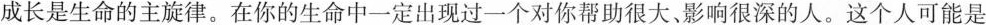
成长是生命的主旋律。在你的生命中一定出现过一个对你帮助很大、影响很深的人。这个人可能是